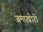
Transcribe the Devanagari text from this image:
जमाख़ोरी